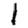
Digit: 1